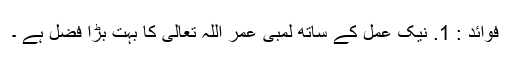
فوائد : 1. نیک عمل کے ساتھ لمبی عمر اللہ تعالی کا بہت بڑا فضل ہے ۔